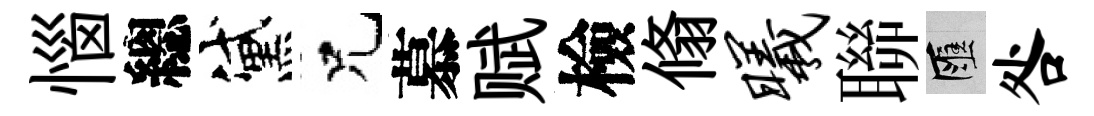
惱總黛兄慕赋檢翛曦聯匯咎